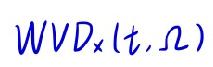
$WVD_x(t,\Omega)$